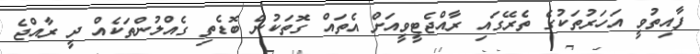
ފާއިތުވީ އަހަރުތަކުގެ ތެރޭގައި ރާއްޖެޓީވީއަށް އެތައް ގޮތަކުން ބޮޑެތި ގެއްލުންތަކެއް ދީ ރާއްޖެ